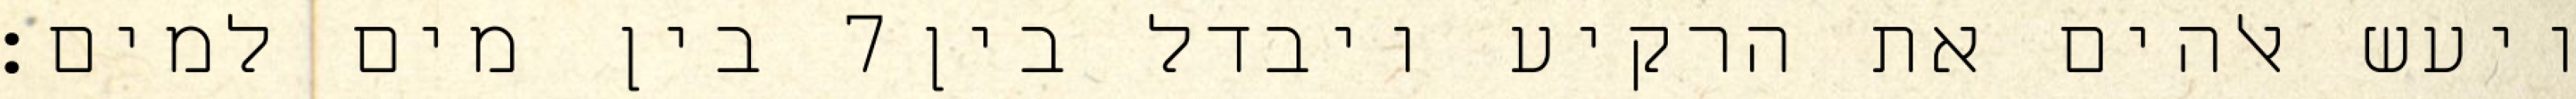
בין מים למים׃ ‎7‏ ויעש אלהים את הרקיע ויבדל בין